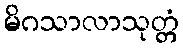
မိဂသာလာသုတ္တံ